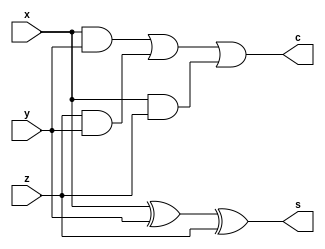
module fa(x,y,z,s,c);

input x,y,z;
output s,c;
wire i1,i2,i3,i4;

xor x1(s,x,y,z);
and a1(i1,x,y);
and a2(i2,z,y);
and a3(i3,x,z);
or a4(i4,i1,i2);
or a5(c, i4,i3);

endmodule